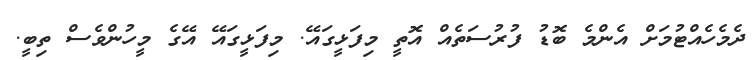
ދެމެހެއްޓުމަށް އެންމެ ބޮޑު ފުުރުސަތެއް އޮތީ މިފަޅީގައޭ. މިފަޅީގައޭ އޭގެ މީހުންވެސް ތިބީ.